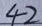
4 2